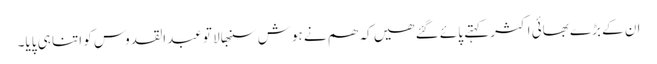
ان کے بڑے بھائی اکثر کہتے پائے گئے ھیں کہ ھم نے ہوش سنبھالا تو عبدالقدوس کو اتنا ہی پایا۔